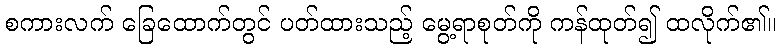
စကားလက် ခြေထောက်တွင် ပတ်ထားသည့် မွေ့ရာစုတ်ကို ကန်ထုတ်၍ ထလိုက်၏။